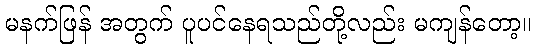
မနက်ဖြန် အတွက် ပူပင်နေရသည်တို့လည်း မကျန်တော့။